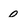
Character: 0